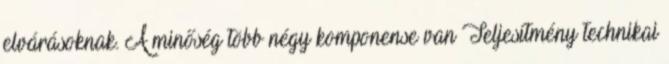
elvárásoknak. A minőség több négy komponense van Teljesítmény technikai